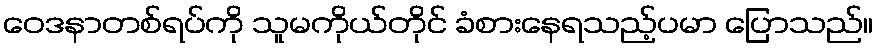
ဝေဒနာတစ်ရပ်ကို သူမကိုယ်တိုင် ခံစားနေရသည့်ပမာ ပြောသည်။